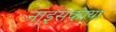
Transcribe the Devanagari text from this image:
नाइसकाया